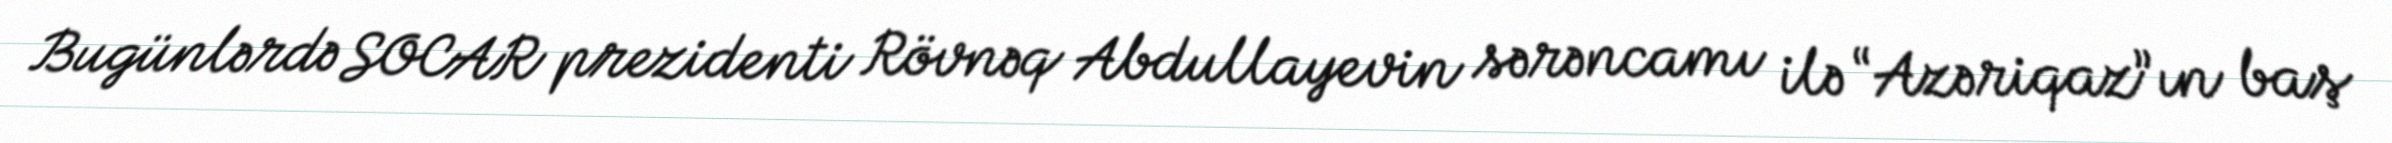
Bugünlərdə SOCAR prezidenti Rövnəq Abdullayevin sərəncamı ilə “Azəriqaz”ın baş